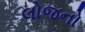
લોજનો